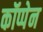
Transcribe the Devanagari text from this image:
कॉप्पेन